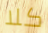
كلا